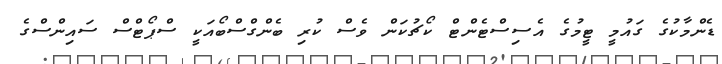
ޑެންމާކުގެ ގައުމީ ޓީމުގެ އެސިސްޓެންޓް ކޯޗުކަން ވެސް ކުރި ބެންގްސްބޯއަކީ ސްޕޯޓްސް ސައިންސްގެ